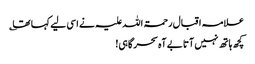
علامہ اقبال رحمۃ اللہ علیہ نے اسی لیے کہا تھا ؎
کچھ ہاتھ نہیں آتا بے آہ سحر گاہی!